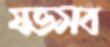
যত্তসব